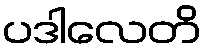
ပဒါလေတိ